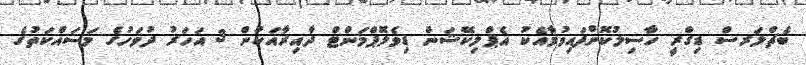
ބެޗްލަރސް ޑިގްރީ ހާސިލުކޮށްފައިވުމާއެކު އެޕްލިކޭޝަން ޑިވެލޮޕްމަންޓް ދާއިރާއަކުން 3 އަހަރު ދުވަހުގެ މަސައްކަތުގެ